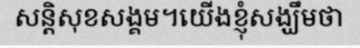
សន្តិសុខសង្គម។យើងខ្ញុំសង្ឃឹមថា